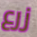
زرع